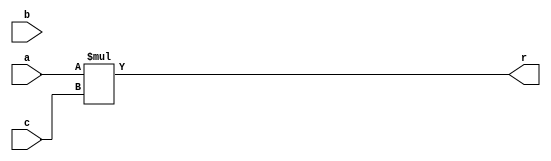
module OP2(

input [7:0]a,b,c,
output [15:0]r

);

assign r = a*c;

endmodule